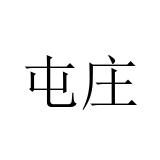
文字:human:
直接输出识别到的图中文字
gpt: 屯庄